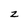
Character: z